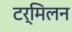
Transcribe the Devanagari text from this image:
टर्मिलन